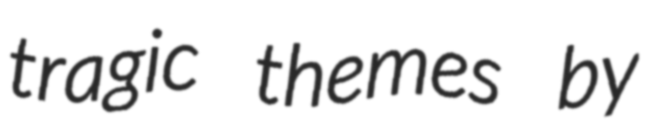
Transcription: tragic themes by